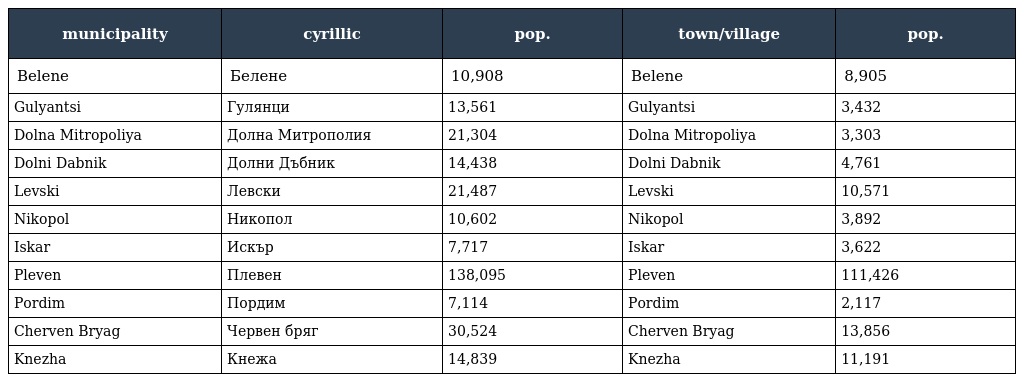
| municipality | cyrillic | pop. | town/village | pop. |
 | --- | --- | --- | --- | --- |
 | Belene | Белене | 10,908 | Belene | 8,905 |
 | Gulyantsi | Гулянци | 13,561 | Gulyantsi | 3,432 |
 | Dolna Mitropoliya | Долна Митрополия | 21,304 | Dolna Mitropoliya | 3,303 |
 | Dolni Dabnik | Долни Дъбник | 14,438 | Dolni Dabnik | 4,761 |
 | Levski | Левски | 21,487 | Levski | 10,571 |
 | Nikopol | Никопол | 10,602 | Nikopol | 3,892 |
 | Iskar | Искър | 7,717 | Iskar | 3,622 |
 | Pleven | Плевен | 138,095 | Pleven | 111,426 |
 | Pordim | Пордим | 7,114 | Pordim | 2,117 |
 | Cherven Bryag | Червен бряг | 30,524 | Cherven Bryag | 13,856 |
 | Knezha | Кнежа | 14,839 | Knezha | 11,191 |